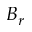
B _ { r }